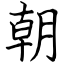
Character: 朝